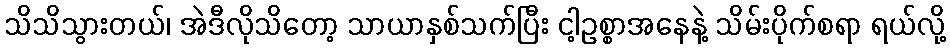
သိသိသွားတယ်၊ အဲဒီလိုသိတော့ သာယာနှစ်သက်ပြီး ငါ့ဥစ္စာအနေနဲ့ သိမ်းပိုက်စရာ ရယ်လို့